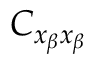
C _ { x _ { \beta } x _ { \beta } }